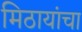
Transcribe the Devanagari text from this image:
मिठायांचा